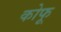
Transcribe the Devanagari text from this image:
कोफू